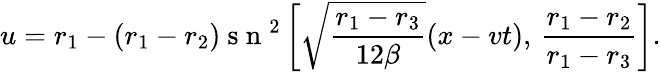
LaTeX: u=r_{1}-(r_{1}-r_{2})\mathrm{~s~n~}^{2}\left[\sqrt{\frac{r_{1}-r_{3}}{12\beta}}(x-vt),\, \frac{r_{1}-r_{2}}{r_{1}-r_{3}}\right].